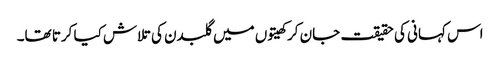
اس کہانی کی حقیقت جان کر کھیتوں میں گلبدن کی تلاش کیا کرتا تھا۔